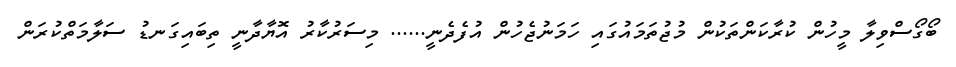
ބޯގޯސްވިލާ މީހުން ކުރާކަންތަކުން މުޖުތަމައުގައި ހަމަނުޖެހުން އުފެދެނީ...... މިސަރުކާރު އޮޔާދާނީ ތިބައިގަނޑު ސަލާމަތްކުރަން